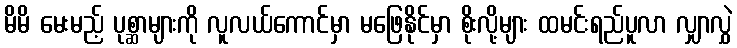
မိမိ မေးမည့် ပုစ္ဆာများကို လူလယ်ကောင်မှာ မဖြေနိုင်မှာ စိုးလို့များ ထမင်းရည်ပူလာ လျှာလွှဲ